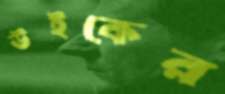
উইকের